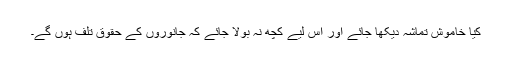
کیا خاموش تماشہ دیکھا جائے اور اس لیے کچھ نہ بولا جائے کہ جانوروں کے حقوق تلف ہوں گے۔